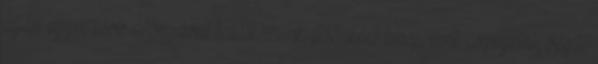
alján egyre több áfonyával találkozunk. Időnként lehajolunk csipegetni, végül